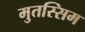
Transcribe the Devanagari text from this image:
मुतस्सिम